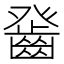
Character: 𤼻